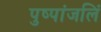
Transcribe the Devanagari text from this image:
पुष्पांजलिं